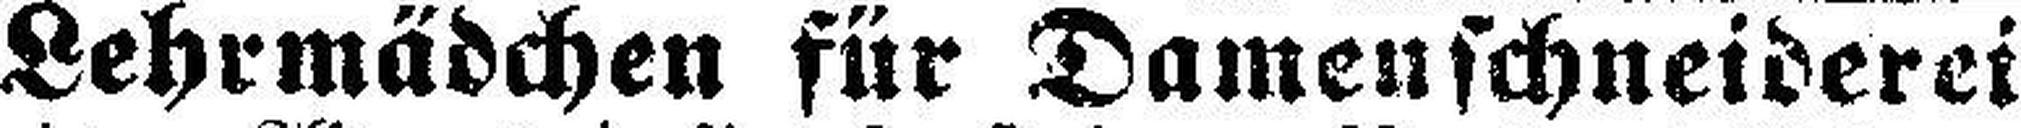
Lehrmädchen für Damenschneiderei